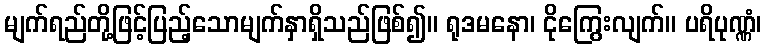
မျက်ရည်တို့ဖြင့်ပြည့်သောမျက်နှာရှိသည်ဖြစ်၍။ ရုဒမနော၊ ငိုကြွေးလျက်။ ပရိပုဏ္ဏံ၊